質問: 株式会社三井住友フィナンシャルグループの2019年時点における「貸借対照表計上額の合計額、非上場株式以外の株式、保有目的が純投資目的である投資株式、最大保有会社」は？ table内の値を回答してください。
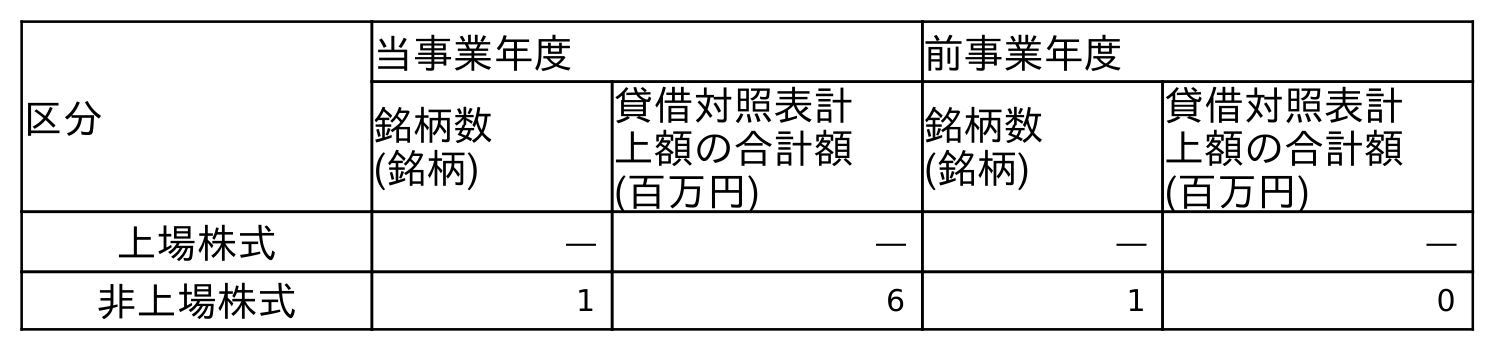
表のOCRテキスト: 区分 当事業年度 前事業年度 銘柄数 (銘柄) 貸借対照表計 上額の合計額 (百万円) 銘柄数 (銘柄) 貸借対照表計 上額の合計額 (百万円) 上場株式 ― ― ― ― 非上場株式 1 6 1 0
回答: ―